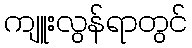
ကျူးလွန်ရာတွင်